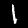
Label: 1